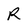
Character: R